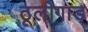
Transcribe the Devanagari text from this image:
ठूलीगाड़